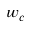
w _ { c }